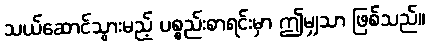
သယ်ဆောင်သွားမည့် ပစ္စည်းစာရင်းမှာ ဤမျှသာ ဖြစ်သည်။